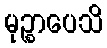
မုဉ္စာပေသိ